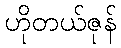
ဟိုတယ်ဇုန်